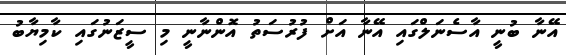
އޭނާ ބުނީ އާސެނަލްގައި އޭނާ އަށް ފުރުސަތު އޮންނާނީ މި ސީޒަނުގައި ކާމިޔާބު